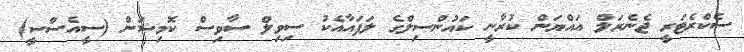
ސެކްރެޓަރީ ޖެނެރަލް އައްޔަން ކުރާނީ ކައުންސިލްގެ ލަފައާއެކު ސިވިލް ސާވިސް ކޮމިޝަން (ސީއެސްސީ)